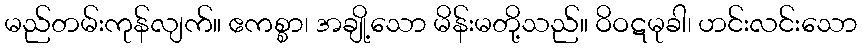
မည်တမ်းကုန်လျက်။ ဧကစ္စာ၊ အချို့သော မိန်းမတို့သည်။ ဝိဝဋမုခါ၊ ဟင်းလင်းသော